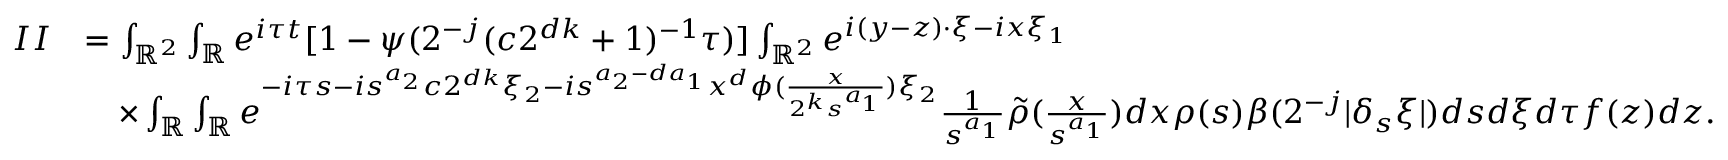
\begin{array} { r l } { I I } & { = \int _ { \mathbb { R } ^ { 2 } } \int _ { \mathbb { R } } e ^ { i \tau t } [ 1 - \psi ( 2 ^ { - j } ( c 2 ^ { d k } + 1 ) ^ { - 1 } \tau ) ] \int _ { \mathbb { R } ^ { 2 } } e ^ { i ( y - z ) \cdot \xi - i x \xi _ { 1 } } } \\ & { \quad \times \int _ { \mathbb { R } } \int _ { \mathbb { R } } e ^ { - i \tau s - i s ^ { a _ { 2 } } c 2 ^ { d k } \xi _ { 2 } - i s ^ { a _ { 2 } - d a _ { 1 } } x ^ { d } \phi ( \frac { x } { 2 ^ { k } s ^ { a _ { 1 } } } ) \xi _ { 2 } } \frac { 1 } { s ^ { a _ { 1 } } } \tilde { \rho } ( \frac { x } { s ^ { a _ { 1 } } } ) d x \rho ( s ) \beta ( 2 ^ { - j } | \delta _ { s } \xi | ) d s d \xi d \tau f ( z ) d z . } \end{array}